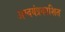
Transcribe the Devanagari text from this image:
अस्वयंप्रकाशित